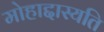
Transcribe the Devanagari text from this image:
मोहाद्दास्यति